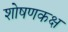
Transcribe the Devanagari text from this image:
शोषणकक्ष